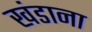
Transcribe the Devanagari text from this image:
खंडाना